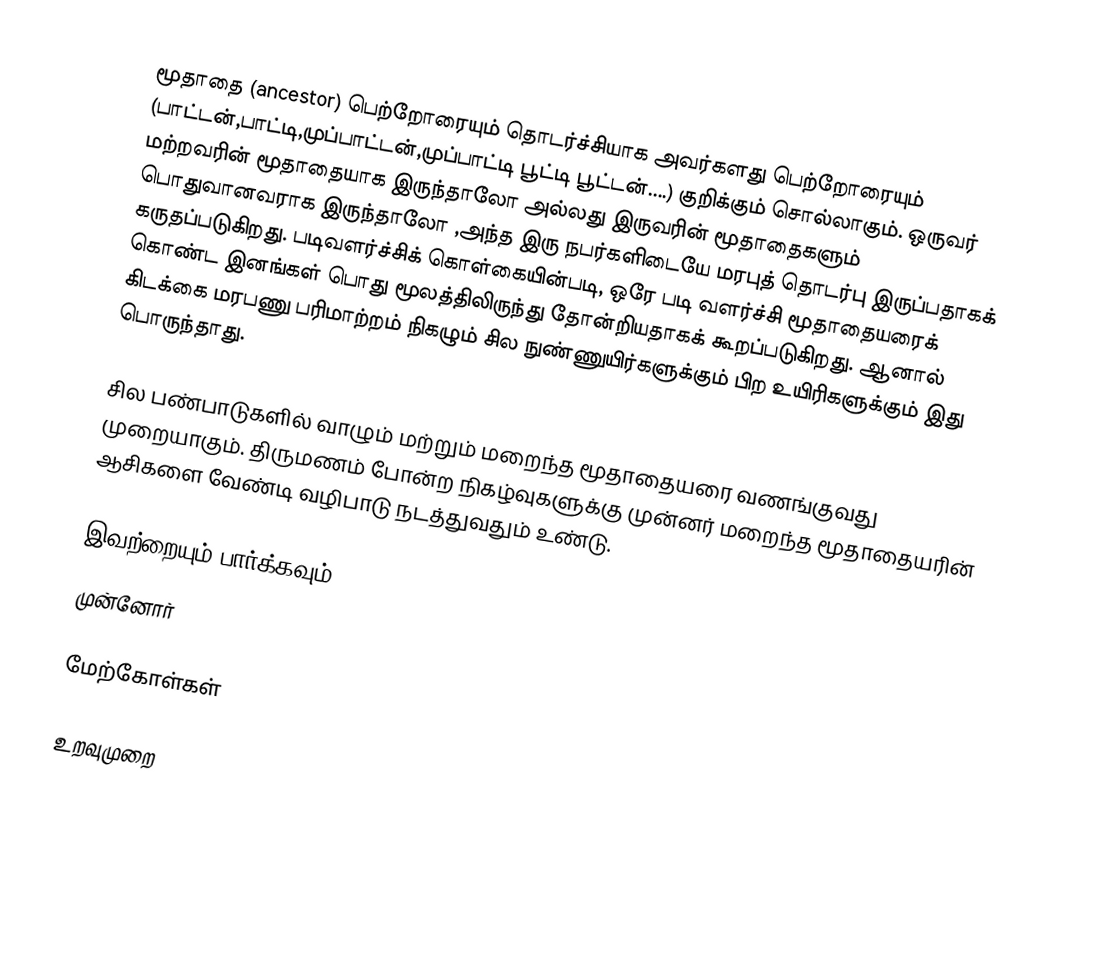
மூதாதை (ancestor) பெற்றோரையும் தொடர்ச்சியாக அவர்களது பெற்றோரையும் (பாட்டன்,பாட்டி,முப்பாட்டன்,முப்பாட்டி பூட்டி பூட்டன்....) குறிக்கும் சொல்லாகும். ஒருவர் மற்றவரின் மூதாதையாக இருந்தாலோ அல்லது இருவரின் மூதாதைகளும் பொதுவானவராக இருந்தாலோ ,அந்த இரு நபர்களிடையே மரபுத் தொடர்பு இருப்பதாகக் கருதப்படுகிறது. படிவளர்ச்சிக் கொள்கையின்படி, ஒரே படி வளர்ச்சி மூதாதையரைக் கொண்ட இனங்கள் பொது மூலத்திலிருந்து தோன்றியதாகக் கூறப்படுகிறது. ஆனால் கிடக்கை மரபணு பரிமாற்றம் நிகழும் சில நுண்ணுயிர்களுக்கும் பிற உயிரிகளுக்கும் இது பொருந்தாது.

சில பண்பாடுகளில் வாழும் மற்றும் மறைந்த மூதாதையரை வணங்குவது முறையாகும். திருமணம் போன்ற நிகழ்வுகளுக்கு முன்னர் மறைந்த மூதாதையரின் ஆசிகளை வேண்டி வழிபாடு நடத்துவதும் உண்டு.

இவற்றையும் பார்க்கவும்
முன்னோர்

மேற்கோள்கள்

உறவுமுறை